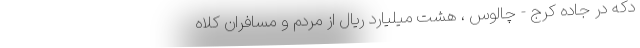
دکه در جاده کرج - چالوس ، هشت میلیارد ریال از مردم و مسافران کلاه